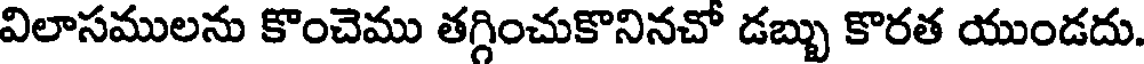
విలాసములను కొంచెము తగ్గించుకొనినచో డబ్బు కొరత యుండదు.